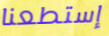
إستطعنا